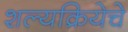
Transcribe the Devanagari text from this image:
शल्यक्रियेचे